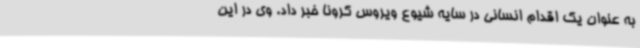
به عنوان یک اقدام انسانی در سایه شیوع ویروس کرونا خبر داد. وی در این